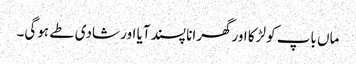
ماں باپ کو لڑکا اورگھرانا پسند آیا اور شادی طے ہوگی۔